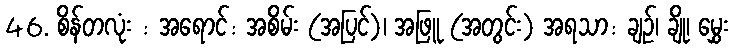
46. စိန်တလုံး : အရောင်: အစိမ်း (အပြင်)၊ အဖြူ (အတွင်း) အရသာ: ချဉ်၊ ချို၊ မွှေး